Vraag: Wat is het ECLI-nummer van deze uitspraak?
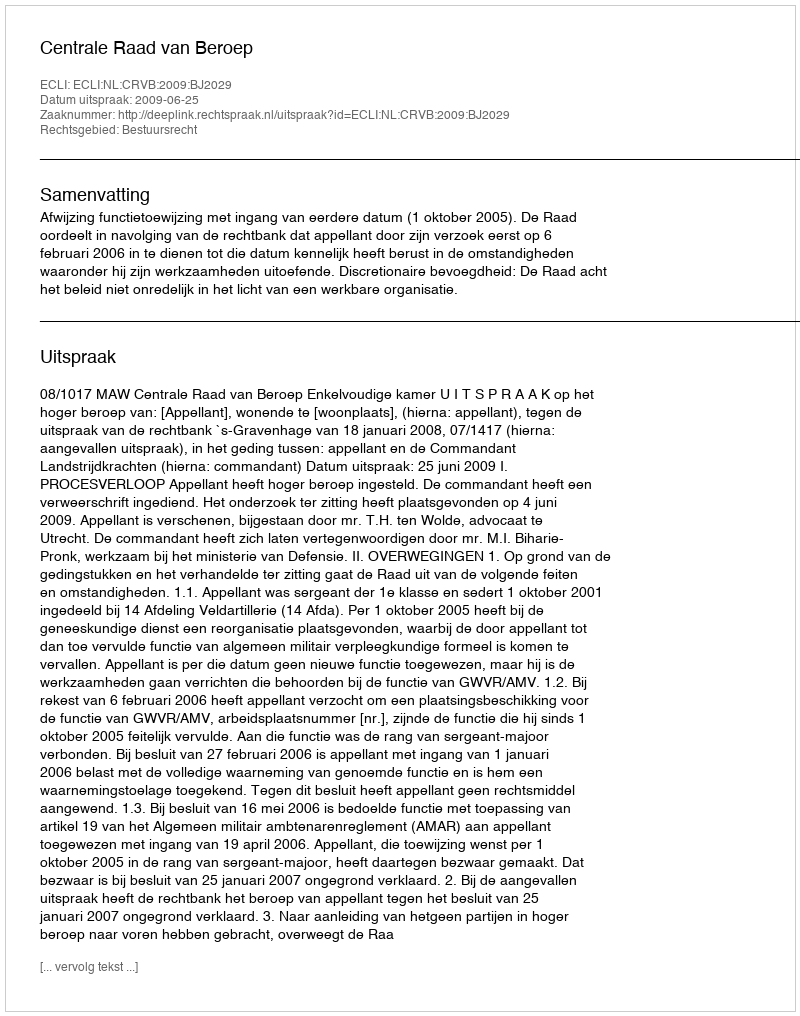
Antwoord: ECLI:NL:CRVB:2009:BJ2029